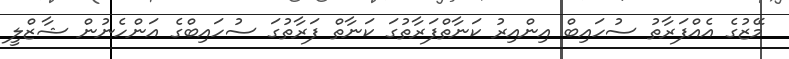
މޭޒުގެ އެއްފަރާތު ސުހައިބް އިންއިރު ކަނާތްފަރާތުގަ ކަނާތް ފަރާތުގަ ސުހައިބްގެ އަންހެނުން ޝާޒްލީ